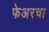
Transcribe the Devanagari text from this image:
फेअरचा